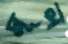
মূল